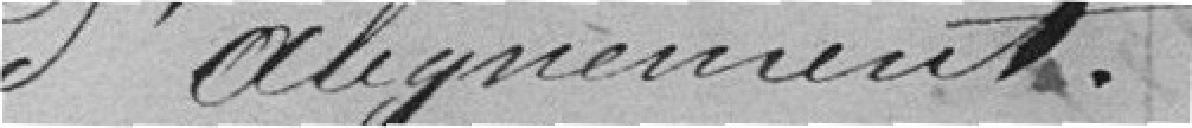
d'alignement.